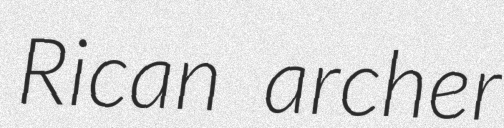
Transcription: Rican archer